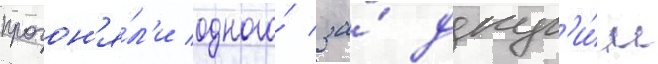
прогон'я́л'и одного́ за́ друг'и́м